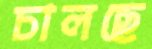
চালছে